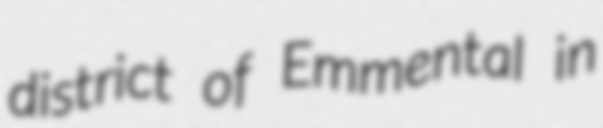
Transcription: district of Emmental in